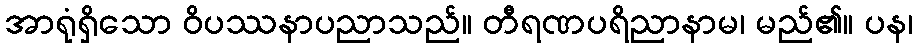
အာရုံရှိသော ဝိပဿနာပညာသည်။ တီရဏပရိညာနာမ၊ မည်၏။ ပန၊